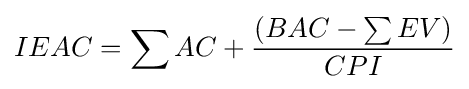
IEAC=\sum AC+{\left(BAC-\sum EV\right) \over CPI}